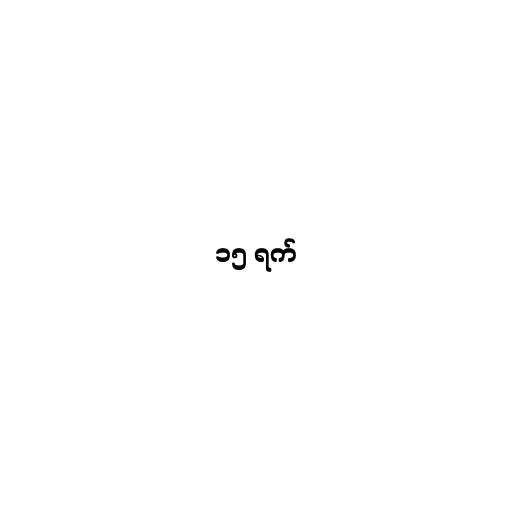
၁၅ ရက်